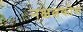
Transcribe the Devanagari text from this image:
नक्षत्नकोश